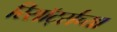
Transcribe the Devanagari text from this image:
रिसॉर्ट्सच्या